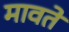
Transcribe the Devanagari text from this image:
मावते